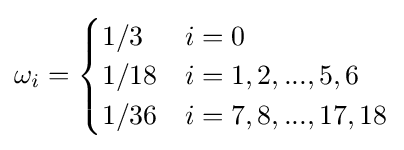
\omega _{i}={\begin{cases}1/3&i=0\\1/18&i=1,2,...,5,6\\1/36&i=7,8,...,17,18\\\end{cases}}